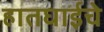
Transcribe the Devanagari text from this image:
हातघाईचे